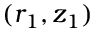
( r _ { 1 } , z _ { 1 } )